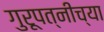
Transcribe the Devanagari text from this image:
गुरूपत्नीच्या